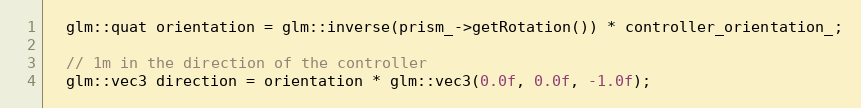
Language: C++
  glm::quat orientation = glm::inverse(prism_->getRotation()) * controller_orientation_;

  // 1m in the direction of the controller
  glm::vec3 direction = orientation * glm::vec3(0.0f, 0.0f, -1.0f);